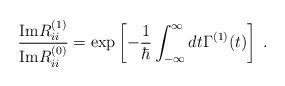
LaTeX: \begin{align*}\frac{{\rm Im}R^{(1)}_{ii}}{{\rm Im}R^{(0)}_{ii}} = \exp\left[-\frac{1}{\hbar}\int_{-\infty}^\infty dt \Gamma^{(1)}(t) \right] \; .\end{align*}